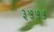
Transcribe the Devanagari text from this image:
३५५५